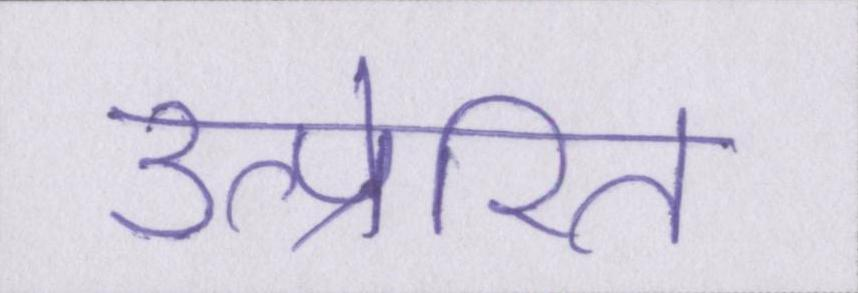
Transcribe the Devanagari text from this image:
उत्प्रेरित